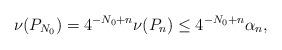
LaTeX: \begin{align*} \nu(P_{N_0}) = 4^{-N_0+n} \nu(P_n) \leq 4^{-N_0+n} \alpha_n,\end{align*}